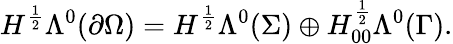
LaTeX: H^{\frac{1}{2}}\Lambda^{0}(\partial\Omega)=H^{\frac{1}{2}}\Lambda^{0}(\Sigma)\oplus H_{00}^{\frac{1}{2}}\Lambda^{0}(\Gamma).